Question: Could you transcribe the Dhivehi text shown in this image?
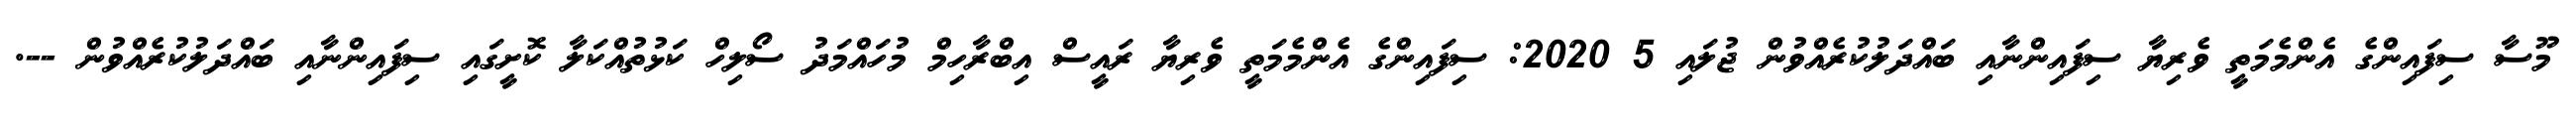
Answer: މޫސާ ސިފައިންގެ އެންމެމަތީ ވެރިޔާ ސިފައިންނާއި ބައްދަލުކުރެއްވުން ޖުލައި 5 2020: ސިފައިންގެ އެންމެމަތީ ވެރިޔާ ރައީސް އިބްރާހިމް މުހައްމަދު ސޯލިހް ކަޅުތުއްކަލާ ކޮށީގައި ސިފައިންނާއި ބައްދަލުކުރެއްވުން --.